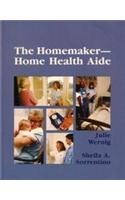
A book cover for The Homemaker/Home Health Aide; Julie K. Wernig; Medical Books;